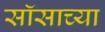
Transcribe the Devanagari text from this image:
सॉसाच्या